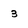
Character: 3